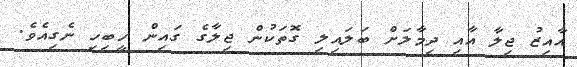
އާއިޒު ޖިލާ އާއި ދިމާލަށް ބަލައިލި ގޮތަކުން ޖިލާގެ ގައިން ހީބިހި ނެގިއެވެ.